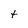
Character: t